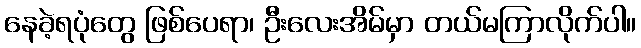
နေခဲ့ရပုံတွေ ဖြစ်ပေရာ၊ ဦးလေးအိမ်မှာ တယ်မကြာလိုက်ပါ။